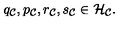
q _ { \cal C } , p _ { \cal C } , r _ { \cal C } , s _ { \cal C } \in { \cal H } _ { \cal C } .